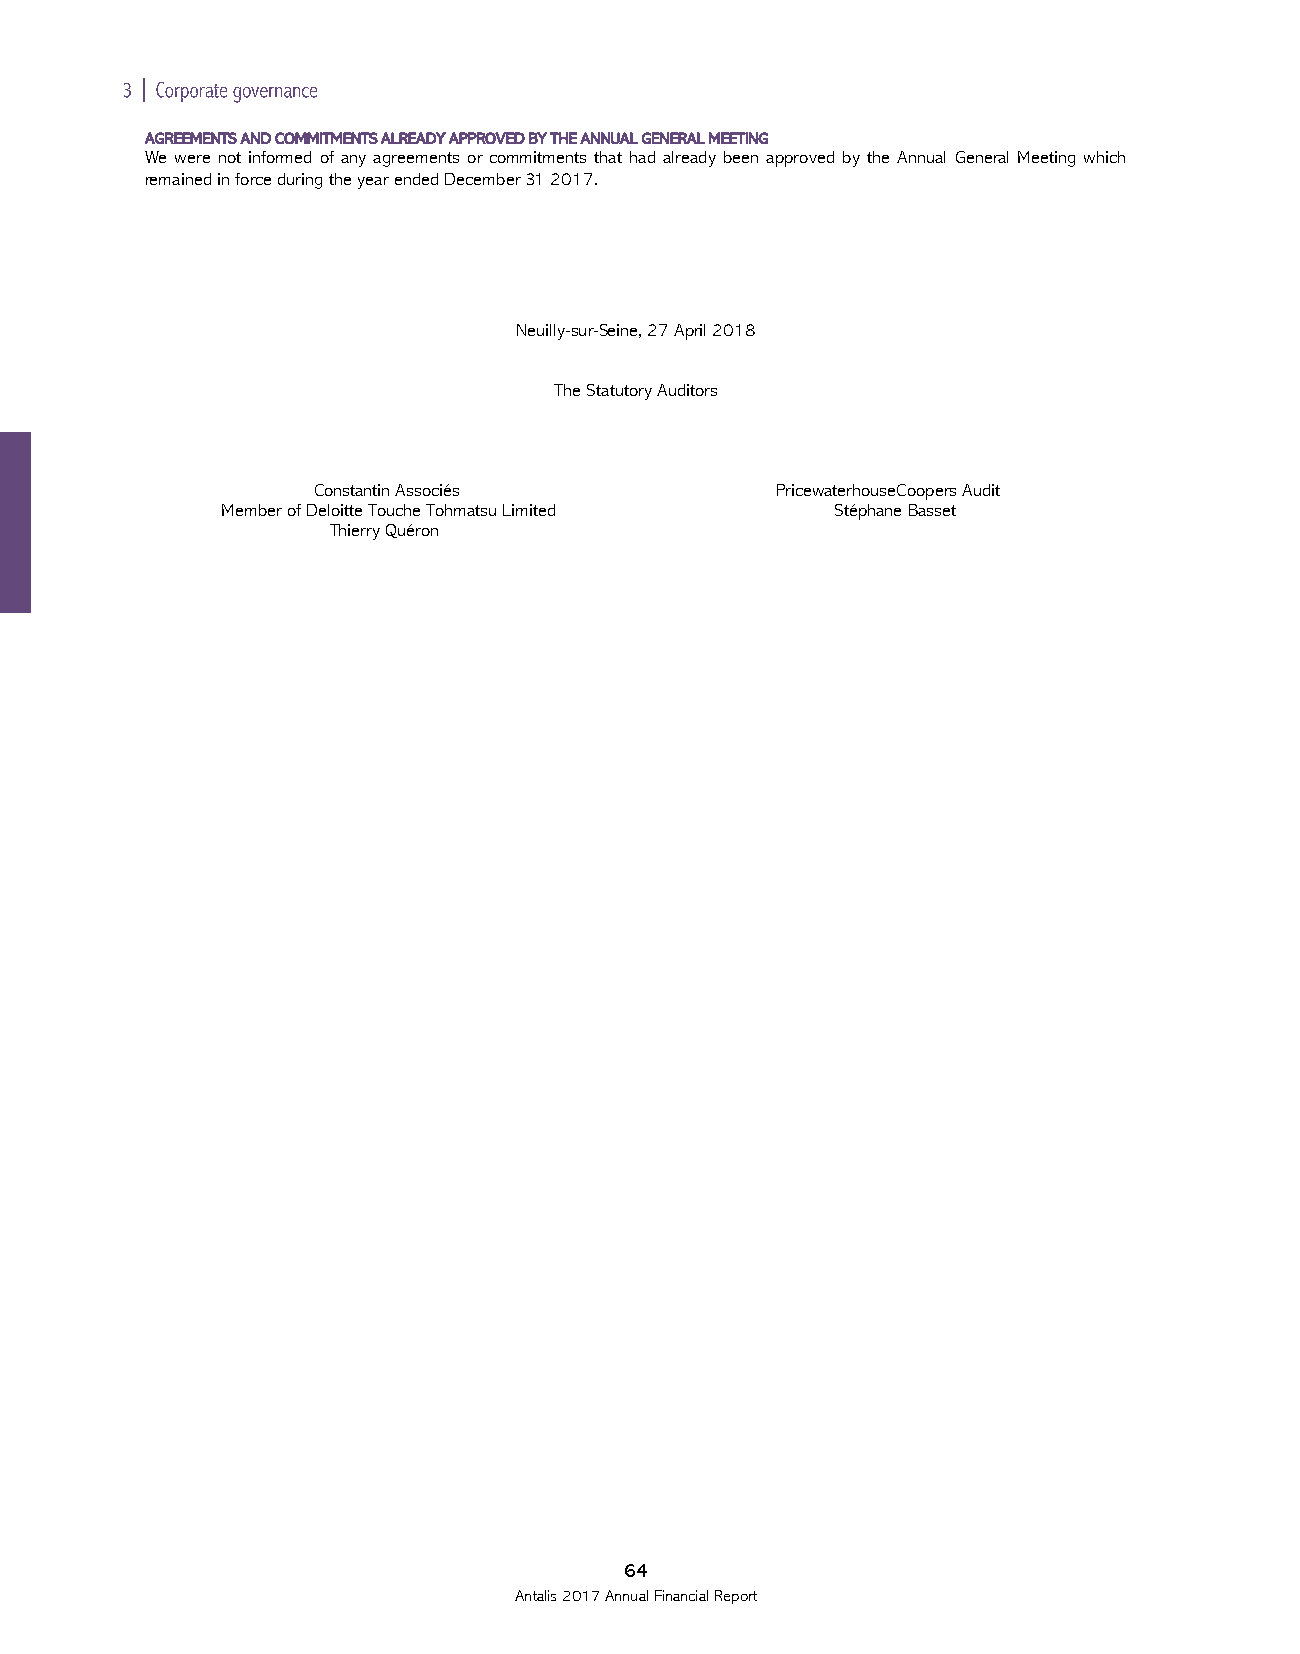

 AGREEMENTS AND COMMITMENTS ALREADY APPROVED BY THE ANNUAL GENERAL MEETING
 We were not informed of any agreements or commitments that had already been approved by the Annual General Meeting which
 remained in force during the year ended December31 2017.
 Neuilly-sur-Seine, 27 April 2018
 The Statutory Auditors
 Constantin Associés           PricewaterhouseCoopers Audit
 Member of Deloitte Touche Tohmatsu Limited Stéphane Basset
 Thierry Quéron
 64
 Antalis 2017 Annual Financial Report